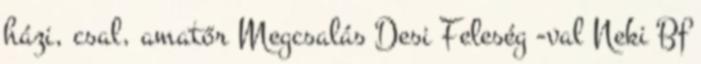
házi, csal, amatőr Megcsalás Desi Feleség -val Neki Bf